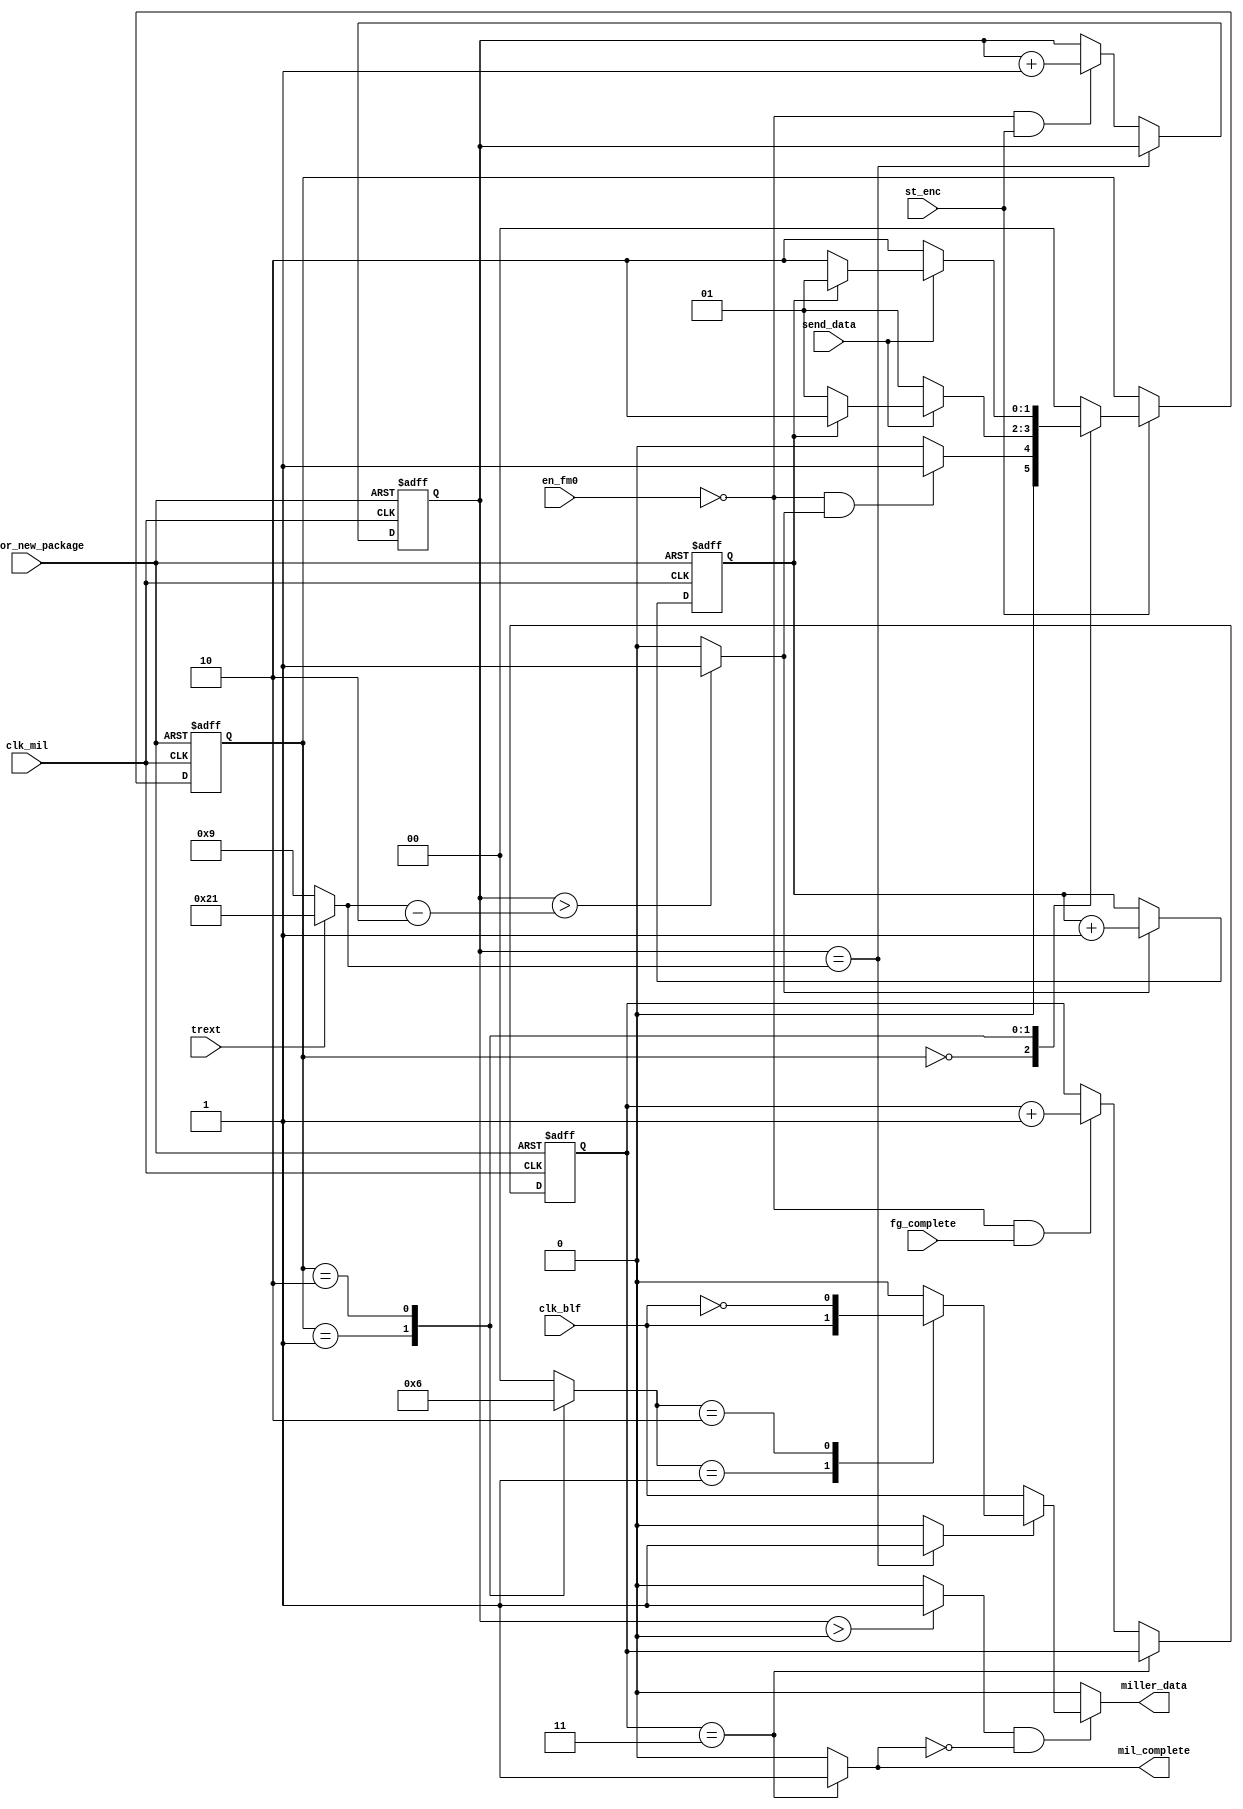
module miller_enc
(
output miller_data,
output mil_complete,
input clk_mil,
input rst_for_new_package,
input clk_blf,
input send_data,
input en_fm0,		// if en_fm0 = 0, enable miller encoder 
input trext,
input st_enc,
input fg_complete
);


parameter GetData  	= 2'b00;
parameter DataP   	= 2'b01;
parameter DataN   	= 2'b10;


reg [1:0]ps;
reg [1:0]ns;

wire clk_blf_n;
wire en_mil_out;
wire m2o;
wire mp_complete;
wire me_start;

reg [5:0]mp_end;
reg [5:0]mp_cnt;
reg m_cnt;
reg m1o;
reg [1:0]data_select;
reg [1:0]fg_comp_cnt;


assign clk_blf_n = ~clk_blf;

assign en_mil_out = (mp_cnt > 6'h0)? 1'b1 : 1'b0;

assign miller_data = (en_mil_out & ~mil_complete)? m2o : 1'b0;

assign m2o = mp_complete? m1o : clk_blf;

assign mp_complete = (mp_cnt == mp_end)? 1'b1 : 1'b0;

assign me_start = (mp_cnt > mp_end - 6'h2)? 1'b1 : 1'b0; 

always@(*) begin
	if(~trext) mp_end = 6'h9;
	else mp_end = 6'h21;
end

always@(posedge clk_mil or negedge rst_for_new_package) begin
	if(~rst_for_new_package) mp_cnt <= 6'h0;
	else begin
		if(mp_cnt == mp_end) mp_cnt <= mp_cnt;
		else if(~en_fm0 & st_enc) mp_cnt <= mp_cnt + 6'h1;
	end
end

always@(posedge clk_mil or negedge rst_for_new_package) begin
	if(~rst_for_new_package) m_cnt <= 1'b0;
	else if(me_start) m_cnt <= m_cnt + 1'b1;
end

always@(posedge clk_mil or negedge rst_for_new_package) begin
	if(~rst_for_new_package) ps <= GetData;
	else if(st_enc) ps <= ns;
end

always@(*) begin
	case(ps)
		GetData : if(~en_fm0 & me_start) ns = DataP;
			  else ns = GetData;
		DataP	: if(~send_data) ns = DataP;
			  else begin
			  	if(~m_cnt) ns = DataP;
				else ns = DataN;
			  end
		DataN	: if(~send_data) ns = DataN;
			  else begin
			  	if(~m_cnt) ns = DataN;
				else ns = DataP;
			  end
		default : ns = GetData;
	endcase
end

always@(*) begin
	case(ps)
		GetData : data_select = 2'h0;
		DataP	: data_select = 2'h1;
		DataN	: data_select = 2'h2;
		default : data_select = 2'h0;
	endcase
end

always@(*) begin
	case(data_select)
		2'h0	: m1o = 1'b0;
		2'h1	: m1o = clk_blf;
		2'h2	: m1o = clk_blf_n;
		default : m1o = 1'b0;
	endcase
end

always@(posedge clk_mil or negedge rst_for_new_package) begin
	if(~rst_for_new_package) fg_comp_cnt <= 2'b0;
	else begin
		if(fg_comp_cnt == 2'b11) fg_comp_cnt <= fg_comp_cnt;
		else if(~en_fm0 & fg_complete) fg_comp_cnt <= fg_comp_cnt + 2'b1;
	end
end

assign mil_complete = (fg_comp_cnt == 2'b11)? 1'b1 : 1'b0;


endmodule